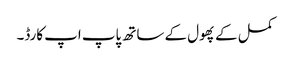
کمل کے پھول کے ساتھ پاپ اپ کارڈ۔